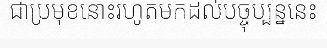
ជាប្រមុខនោះរហូតមកដល់បច្ចុប្បន្ននេះ